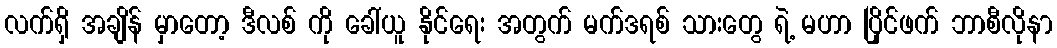
လက်ရှိ အချိန် မှာတော့ ဒီလစ် ကို ခေါ်ယူ နိုင်ရေး အတွက် မက်ဒရစ် သားတွေ ရဲ့ မဟာ ပြိုင်ဖက် ဘာစီလိုနာ